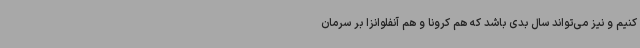
کنیم و نیز می‌تواند سال بدی باشد که هم کرونا و هم آنفلوانزا بر سرمان